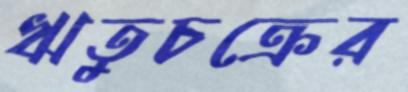
ঋতুচক্রের